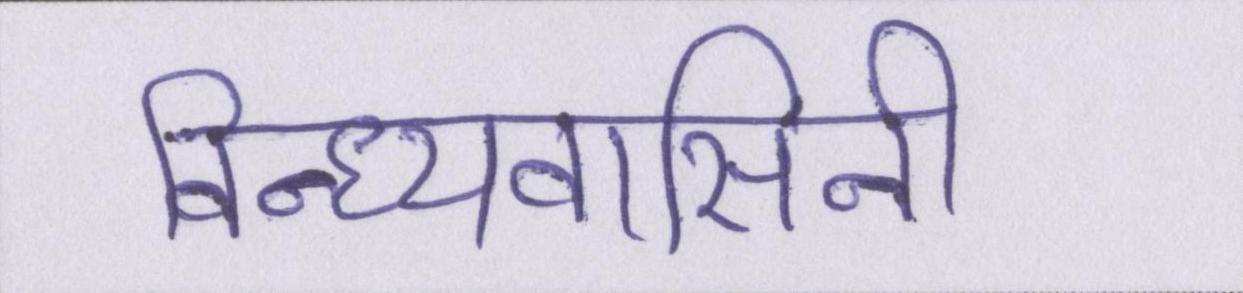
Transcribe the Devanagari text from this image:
विन्ध्यवासिनी